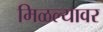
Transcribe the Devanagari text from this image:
मिळल्यावर